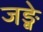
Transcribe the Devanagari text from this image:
जङ्घे